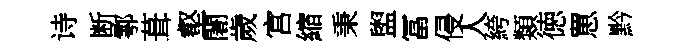
诗断鄠葺壑闍歲宫縮秉盥冨侵人絝類徳罳黔